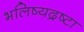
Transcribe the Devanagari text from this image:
भलिष्यद्रष्टा